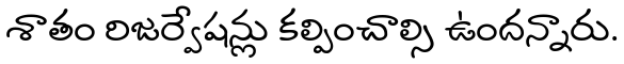
శాతం రిజర్వేషన్లు కల్పించాల్సి ఉందన్నారు.